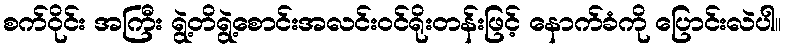
စက်ဝိုင်း အကြီး ရွဲ့တိရွဲ့စောင်းအလင်းဝင်ရိုးတန်းဖြင့် နောက်ခံကို ပြောင်းလဲပါ။